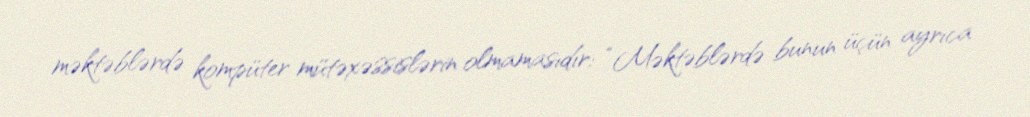
məktəblərdə kompüter mütəxəssislərin olmamasıdır: “Məktəblərdə bunun üçün ayrıca